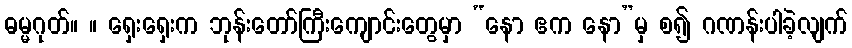
ဓမ္မဂုတ်။ ။ ရှေးရှေးက ဘုန်းတော်ကြီးကျောင်းတွေမှာ “နော ဧက နော”မှ စ၍ ဂဏန်းပါခဲ့လျက်